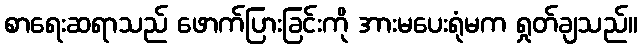
စာရေးဆရာသည် ဖောက်ပြားခြင်းကို အားမပေးရုံမက ရှုတ်ချသည်။